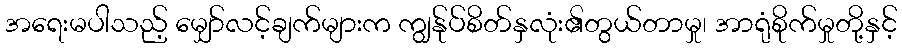
အရေးမပါသည့် မျှော်လင့်ချက်များက ကျွန်ုပ်စိတ်နှလုံး၏တွယ်တာမှု၊ အာရုံစိုက်မှုတို့နှင့်